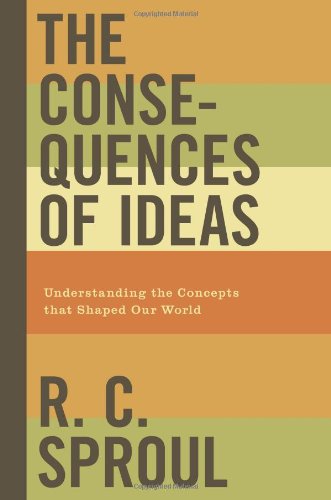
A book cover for The Consequences of Ideas: Understanding the Concepts that Shaped Our World; R. C. Sproul; Politics & Social Sciences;